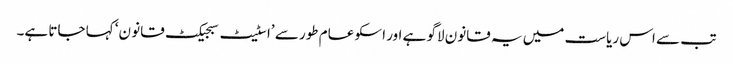
تب سے اس ریاست میں یہ قانون لاگو ہے اور اسکو عام طور سے ’اسٹیٹ سبجیکٹ قانو ن‘ کہا جاتا ہے۔